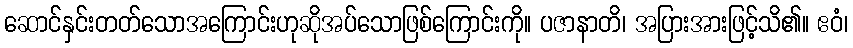
ဆောင်နှင်းတတ်သောအကြောင်းဟုဆိုအပ်သောဖြစ်ကြောင်းကို။ ပဇာနာတိ၊ အပြားအားဖြင့်သိ၏။ ဧဝံ၊